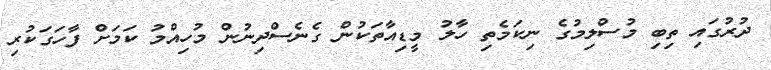
ދުރުގައި ތިބި މުސްލިމުގެ ނިކަމެތި ހާލު މީޑިއާތަކުން ގެނެސްދިނުން މުހިއްމު ކަމަށް ފާހަގަކުރި